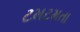
ટમટમતા